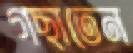
গছাতেন